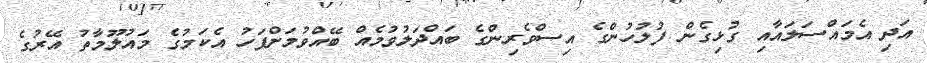
އަދި އެމައްސަލައާއި ގުޅިގެން ފުލުހުންގެ އިސްވެރިންގެ ބައްދަލުވުމެއް ބޭއްވުމަށްފަހު އެކަމުގެ މައުލޫމާތު އޭރުގެ